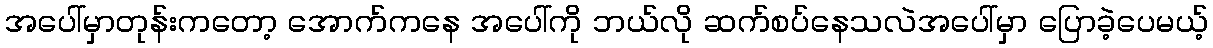
အပေါ်မှာတုန်းကတော့ အောက်ကနေ အပေါ်ကို ဘယ်လို ဆက်စပ်နေသလဲအပေါ်မှာ ပြောခဲ့ပေမယ့်